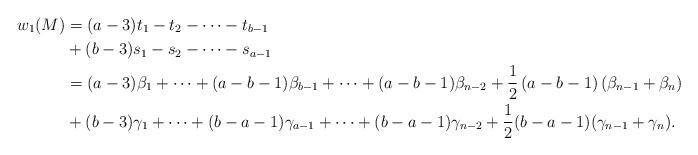
LaTeX: \begin{align*} w_1(M) &= (a-3)t_1-t_2-\dots-t_{b-1} \\ &+ (b-3)s_1-s_2-\dots -s_{a-1} \\ &= (a-3)\beta_1 + \dots + (a-b-1)\beta_{b-1}+\dots + (a-b-1)\beta_{n-2} + \frac{1}{2}\left(a-b-1\right)\left(\beta_{n-1}+\beta_n\right) \\ &+ (b-3)\gamma_1+\dots + (b-a-1)\gamma_{a-1} +\dots + (b-a-1)\gamma_{n-2} + \frac{1}{2}(b-a-1)(\gamma_{n-1}+\gamma_n).\end{align*}